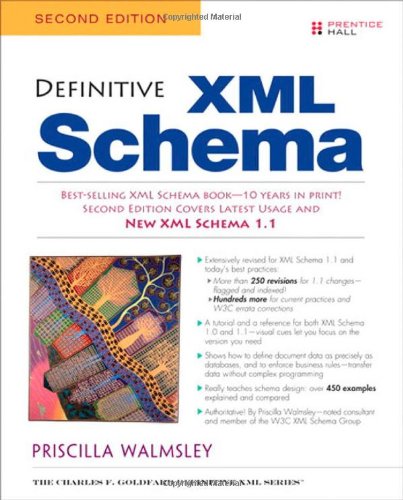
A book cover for Definitive XML Schema, 2nd Edition; Priscilla Walmsley; Computers & Technology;